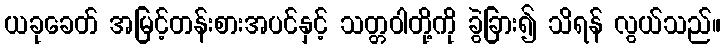
ယခုခေတ် အမြင့်တန်းစားအပင်နှင့် သတ္တဝါတို့ကို ခွဲခြား၍ သိရန် လွယ်သည်။